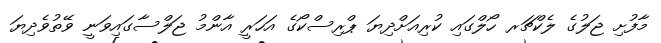
މާފުށި ޖަލުގެ ލެކްޗަރ ހޯލްގައި ކުރިއަށްދިޔަ ޕްރިސްކޯގެ އަހަރީ އާންމު ޖަލްސާގައިވަނީ ވޭތުވެދިޔަ